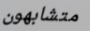
متشابهون